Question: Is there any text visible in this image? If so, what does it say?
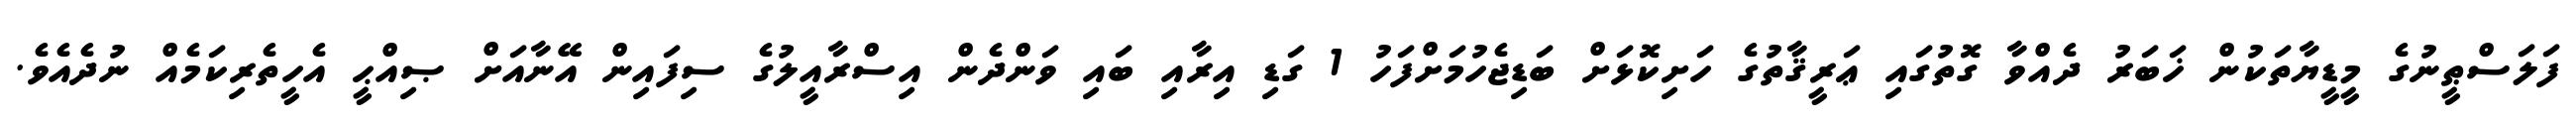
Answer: ފަލަސްޠީނުގެ މީޑީޔާތަކުން ޚަބަރު ދެއްވާ ގޮތުގައި ޢަރީޤާތުގެ ހަށިކޮޅަށް ބަޑިޖެހުމަށްފަހު 1 ގަޑި އިރާއި ބައި ވަންދެން އިސްރާއީލުގެ ސިފައިން އޭނާއަށް ޞިއްޙީ އެހީތެރިކަމެއް ނުދެއެވެ.